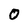
Character: O